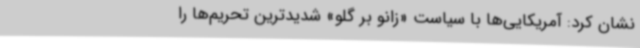
نشان کرد: آمریکایی‌ها با سیاست «زانو بر گلو» شدیدترین تحریم‌ها را